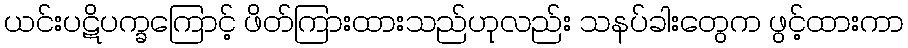
ယင်းပဋိပက္ခကြောင့် ဖိတ်ကြားထားသည်ဟုလည်း သနပ်ခါးတွေက ဖွင့်ထားကာ